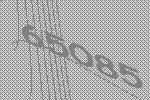
65085